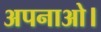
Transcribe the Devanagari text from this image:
अपनाओ।